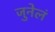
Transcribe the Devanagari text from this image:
जुनेलं